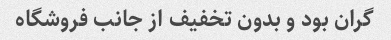
گران بود و بدون تخفیف از جانب فروشگاه